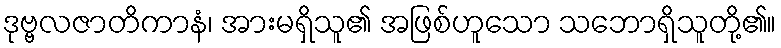
ဒုဗ္ဗလဇာတိကာနံ၊ အားမရှိသူ၏ အဖြစ်ဟူသော သဘောရှိသူတို့၏။